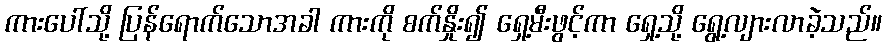
ကားပေါ်သို့ ပြန်ရောက်သောအခါ ကားကို စက်နှိုး၍ ရှေ့မီးဖွင့်ကာ ရှေ့သို့ ရွေ့လျားလာခဲ့သည်။